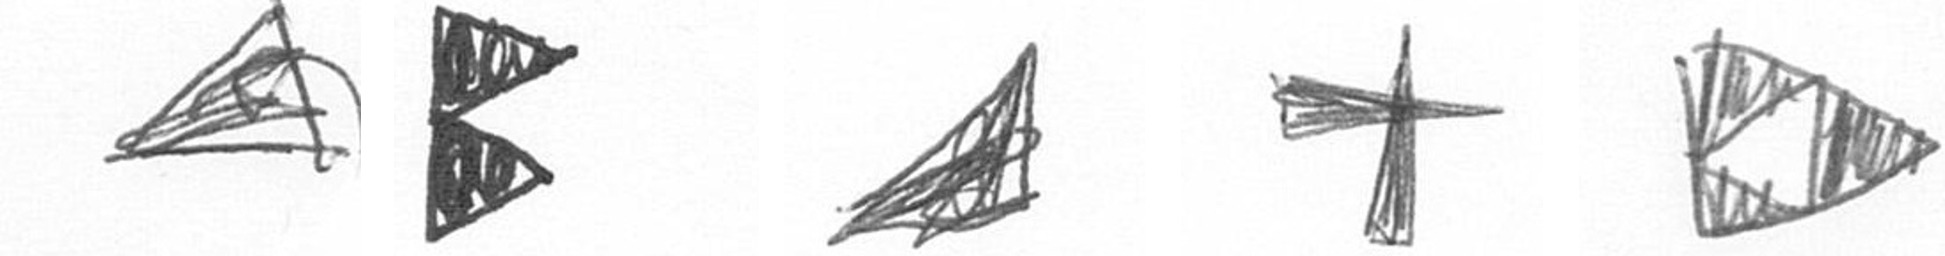
O P O G K